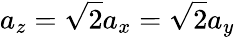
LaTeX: a_{z}=\sqrt{2}a_{x}=\sqrt{2}a_{y}